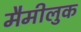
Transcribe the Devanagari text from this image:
मैमीलुक